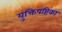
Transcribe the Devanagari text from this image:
युक्तिषष्टिका